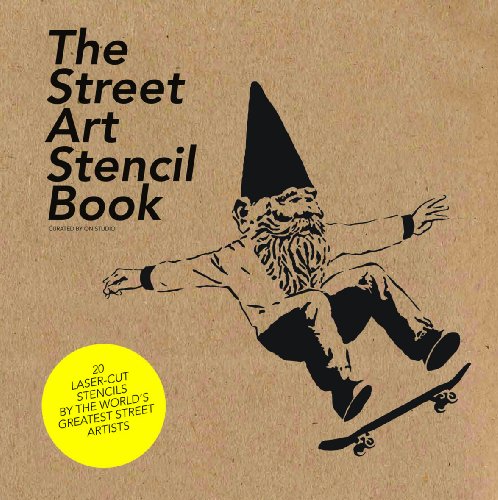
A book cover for The Street Art Stencil Book; On Studio; Arts & Photography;